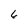
Character: 6